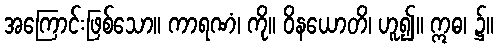
အကြောင်းဖြစ်သော။ ကာရဏံ၊ ကို။ ဝိနယောတိ၊ ဟူ၍။ ဣဓ၊ ၌။